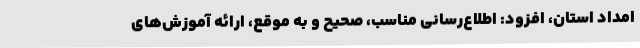
امداد استان، افزود: اطلاع‌رسانی مناسب، صحیح و به موقع، ارائه آموزش‌های